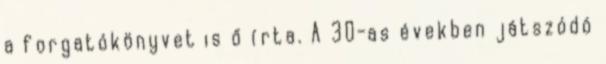
a forgatókönyvet is ő írta. A 30-as években játszódó